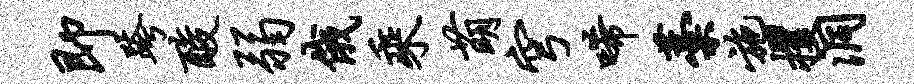
即跨酸弱俄乘萌穹唏藁施攫洞